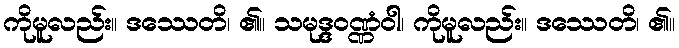
ကိုမူလည်း။ ဒဿေတိ၊ ၏။ သမုဒ္ဒဝဏ္ဏံဝါ၊ ကိုမူလည်း။ ဒဿေတိ၊ ၏။